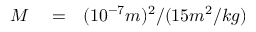
\begin{array} { r l r } { M } & { { } = } & { ( 1 0 ^ { - 7 } m ) ^ { 2 } / ( 1 5 m ^ { 2 } / k g ) } \end{array}